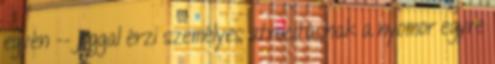
egyén -- joggal érzi személyes atrocitásnak a nyomor egyre